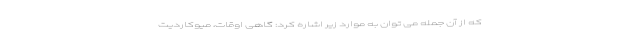
که از آن جمله می توان به موارد زیر اشاره کرد: گاهی اوقات، میوکاردیت